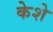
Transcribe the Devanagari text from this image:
केशे